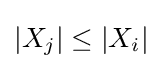
|X_{j}|\leq |X_{i}|